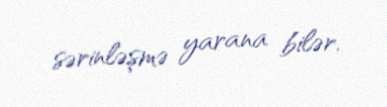
sərinləşmə yarana bilər.